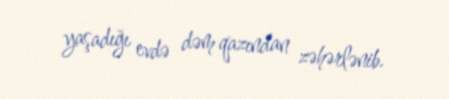
yaşadığı evdə dəm qazından zəhərlənib.